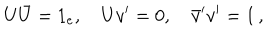
U \bar { U } = 1 _ { e } , \quad U v ^ { \prime } = 0 , \quad \bar { v } ^ { \prime } v ^ { \prime } = 1 \, ,